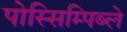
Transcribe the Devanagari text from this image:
पोस्सिम्पिब्ले